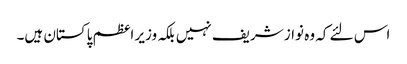
اس لئے کہ وہ نواز شریف نہیں بلکہ وزیر اعظم پاکستان ہیں۔